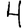
Digit: 4